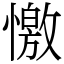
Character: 憿